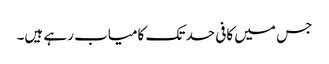
جس میں کافی حد تک کامیاب رہے ہیں۔